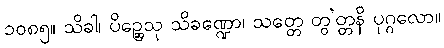
၁၀၈၅။ သိခါ၊ ပိဉ္ဆေသု သိခဏ္ဍော၊ သတ္တေ တွ’တ္တနိ ပုဂ္ဂလော။